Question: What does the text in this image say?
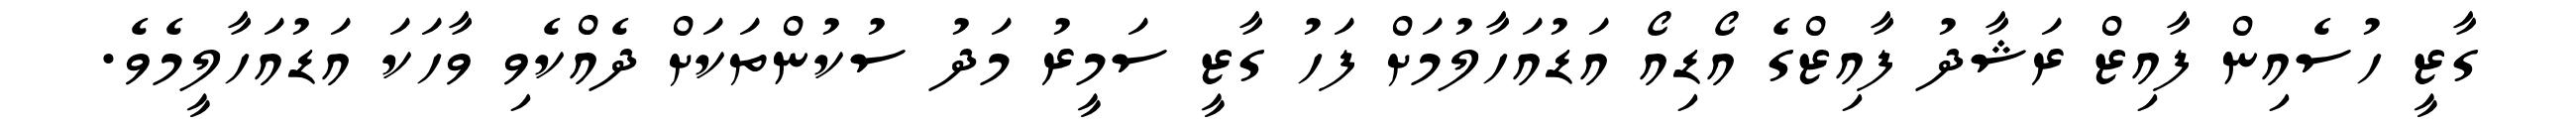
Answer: ގާޒީ ހުސެއިން ފާއިޒް ރަޝާދު ފާއިޒްގެ އޯޑިއޯ އަޑުއަހާލުމަށް ފަހު ގާޒީ ސަމީރު މަދު ސުކުންތަކަށް ދެއްކެވި ވާހަކަ އަޑުއަހާލީމެވެ.